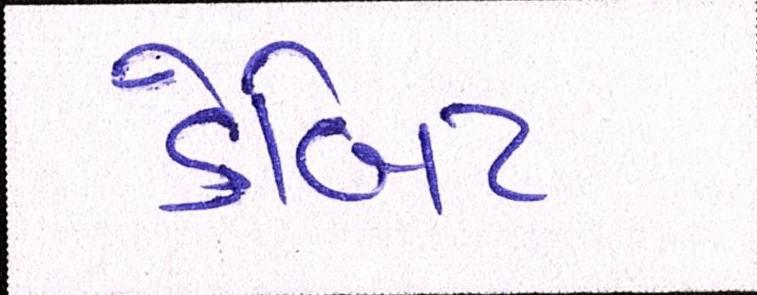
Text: ડેબિટ